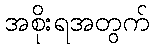
အစိုးရအတွက်